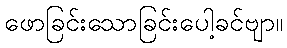
ဖောခြင်းသောခြင်းပေါ့ခင်ဗျာ။